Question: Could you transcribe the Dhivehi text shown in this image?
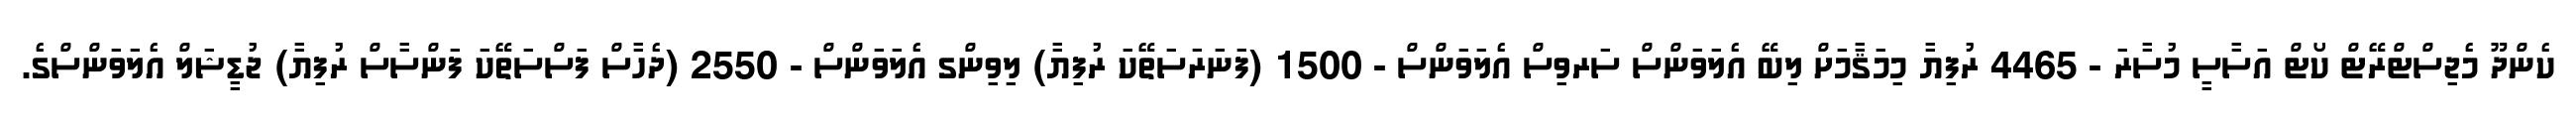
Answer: ކެންދޫ މެޖިސްޓްރޭޓް ކޯޓް އަސާސީ މުސާރަ - 4465 ރުފިޔާ މިމަޤާމަށް ލިބޭ އެލަވަންސް ސަރވިސް އެލަވަންސް - 1500 (ފަނަރަސަތޭކަ ރުފިޔާ) ލިވިންގ އެލަވަންސް - 2550 (ދެހާސް ފަސްސަތޭކަ ފަންސާސް ރުފިޔާ) ޖުޑީޝަލް އެލަވަންސްގެ.